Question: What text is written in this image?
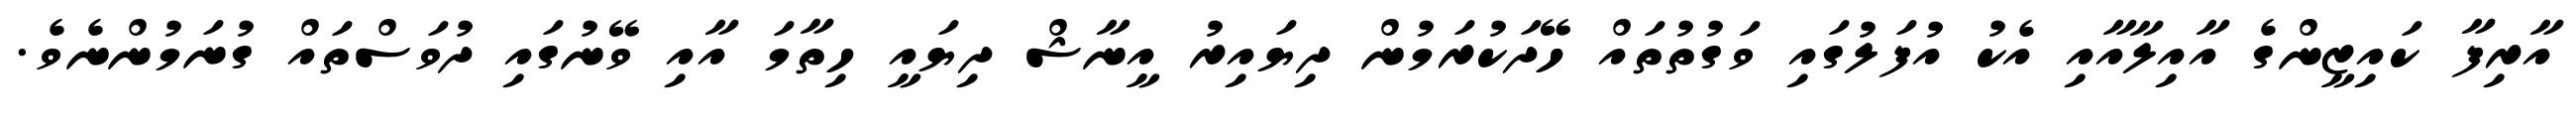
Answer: އާރިފާ ކައިޒީންގެ އާއިލާއާއި އެކު އުފަލުގައި ވަގުތުތައް ހޭދަކުރަމުން ދިޔައިރު އީނާޝް ދިޔައީ ހިތާމަ އާއި ވޭނުގައި ދުވަސްތައް ގުނަމުންނެވެ.